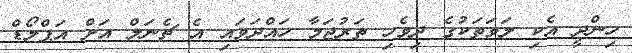
ހިންދީ އެކި ލަވަތަކުގެ ދިވެހި ތަރުޖަމާ ހައްދަވައި އެ ޗެނަލް އަށް އަޕްލޯޑް